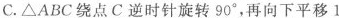
C.△ABC绕点C逆时针旋转90°，再向下平移1